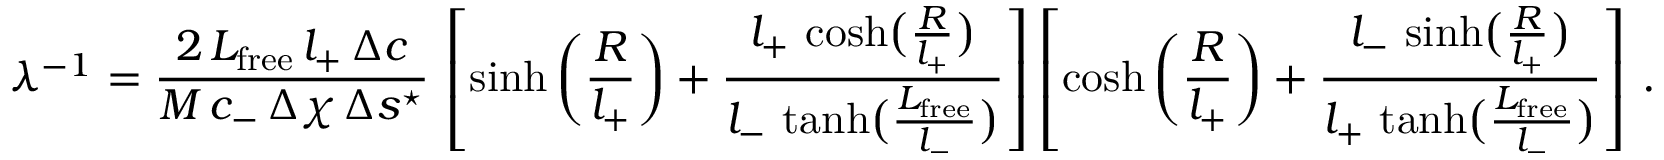
\lambda ^ { - 1 } = \frac { 2 \, L _ { \mathrm { f r e e } } \, l _ { + } \, \Delta c } { M \, c _ { - } \, \Delta \chi \, \Delta s ^ { \star } } \, \left[ \sinh \left( \frac { R } { l _ { + } } \right) + \frac { l _ { + } \, \cosh \bigl ( \frac { R } { l _ { + } } \bigr ) } { l _ { - } \, \operatorname { t a n h } \bigl ( \frac { L _ { \mathrm { f r e e } } } { l _ { - } } \bigr ) } \right] \left[ \cosh \left( \frac { R } { l _ { + } } \right) + \frac { l _ { - } \, \sinh \bigl ( \frac { R } { l _ { + } } \bigr ) } { l _ { + } \, \operatorname { t a n h } \bigl ( \frac { L _ { \mathrm { f r e e } } } { l _ { - } } \bigr ) } \right] \, .